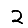
Digit: 2